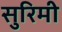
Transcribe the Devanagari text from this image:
सुरिमी